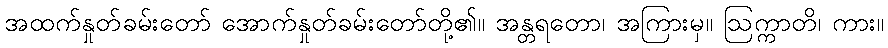
အထက်နှုတ်ခမ်းတော် အောက်နှုတ်ခမ်းတော်တို့၏။ အန္တရတော၊ အကြားမှ။ ဩက္ကာတိ၊ ကား။